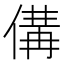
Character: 傋